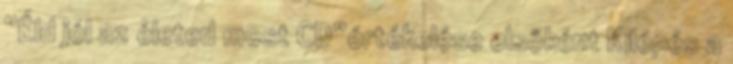
“Éld jól az életed most CD”értékelése elsőként Kilépés a